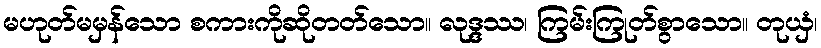
မဟုတ်မမှန်သော စကားကိုဆိုတတ်သော။ လုဒ္ဒဿ၊ ကြမ်းကြုတ်စွာသော။ တုယှံ၊